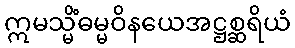
ဣမသ္မိံဓမ္မဝိနယေအဋ္ဌစ္ဆရိယံ